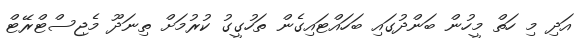
އަދި މި ހަތް މީހުން ބަންދުގައި ބަހައްޓައިގެން ތަހުގީގު ކުރުމަށް ތިނަދޫ މެޖިސްޓްރޭޓް